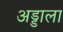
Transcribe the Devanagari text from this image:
अड्डाला